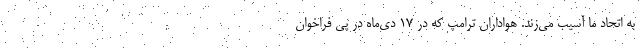
به اتحاد ما آسیب می‌زند. هواداران ترامپ که در ۱۷ دی‌ماه در پی فراخوان